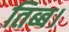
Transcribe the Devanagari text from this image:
तिब्ब।